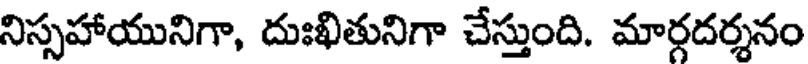
నిస్సహాయునిగా, దుఃఖితునిగా చేస్తుంది. మార్గదర్శనం